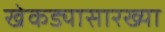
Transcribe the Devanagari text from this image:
खेकड्यासारख्या